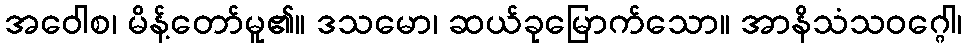
အဝေါစ၊ မိန့်တော်မူ၏။ ဒသမော၊ ဆယ်ခုမြောက်သော။ အာနိသံသဝဂ္ဂေါ၊